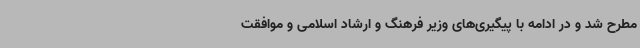
مطرح شد و در ادامه با پیگیری‌های وزیر فرهنگ و ارشاد اسلامی و موافقت